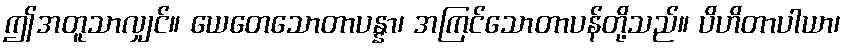
ဤအတူသာလျှင်။ ယေတေသောတာပန္နာ၊ အကြင်သောတာပန်တို့သည်။ ပိဟိတာပါယာ၊